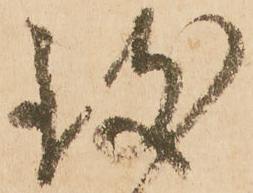
致